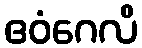
ဧဝံဂေလိ